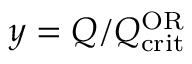
y = Q / Q _ { \mathrm { c r i t } } ^ { \mathrm { O R } }